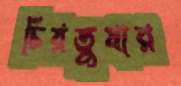
চিরতুষার